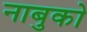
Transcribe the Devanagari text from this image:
नाबुको